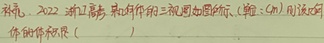
补全. 2022浙江高考，某球体的三视图如图所示.（单位：cm）则该球体的体积是（  ）